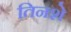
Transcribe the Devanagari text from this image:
तिनशे